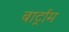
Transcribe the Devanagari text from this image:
बार्ट्राम